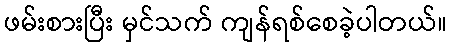
ဖမ်းစားပြီး မှင်သက် ကျန်ရစ်စေခဲ့ပါတယ်။